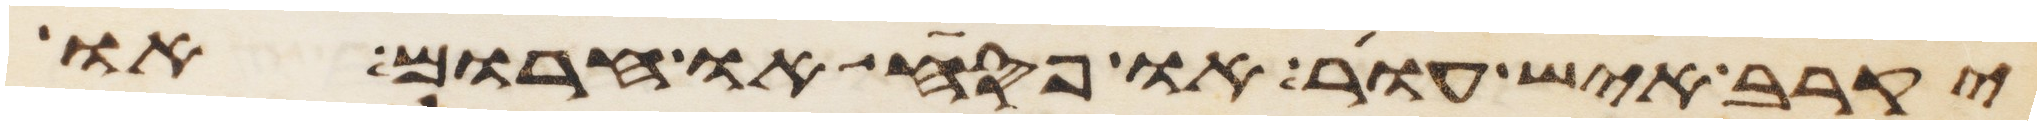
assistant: יקרב איש עור או פסח או חרום או